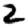
Digit: 2